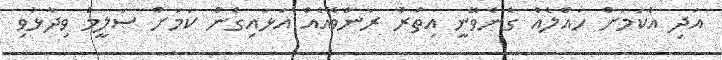
އަދި އެކަމަށް ހައްލެއް ގެނެވޭނީ އިތުރު ރަންވޭއެއް އަޅައިގެން ކަމަށް ސަލީމް ވިދާޅުވި